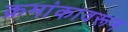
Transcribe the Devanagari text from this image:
क्रमांकावरून